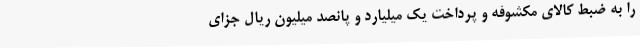
را به ضبط کالای مکشوفه و پرداخت یک میلیارد و پانصد میلیون ریال جزای